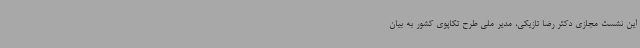
این نشست مجازی دکتر رضا تازیکی، مدیر ملی طرح تکاپوی کشور به بیان